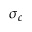
\sigma _ { c }